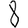
Digit: 8